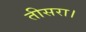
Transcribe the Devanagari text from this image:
तीसरा।